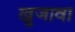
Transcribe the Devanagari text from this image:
खुजावा